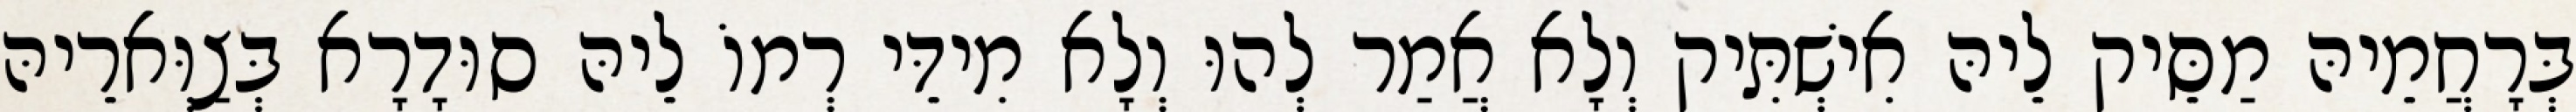
בְּרָחֲמֵיהּ מַסֵּיק לֵיהּ אִישְׁתִּיק וְלָא אֲמַר לְהוּ וְלָא מִידֵּי רְמוֹ לֵיהּ סוּדָרָא בְּצַוְּארֵיהּ